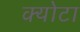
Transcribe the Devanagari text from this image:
क्योटा